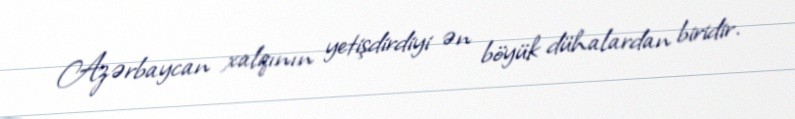
Azərbaycan xalqının yetişdirdiyi ən böyük dühalardan biridir.